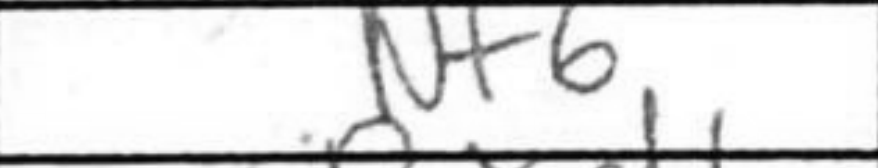
Transcription: Nf6